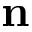
\mathbf { n }